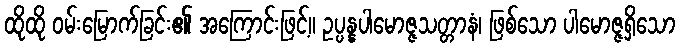
ထိုထို ဝမ်းမြောက်ခြင်း၏ အကြောင်းဖြင့်။ ဥပ္ပန္နပါမောဇ္ဇသတ္တာနံ၊ ဖြစ်သော ပါမောဇ္ဇရှိသော